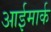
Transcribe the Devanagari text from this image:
आईमार्क